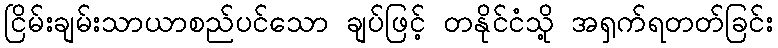
ငြိမ်းချမ်းသာယာစည်ပင်သော ချပ်ဖြင့် တနိုင်ငံသို့ အရှက်ရတတ်ခြင်း